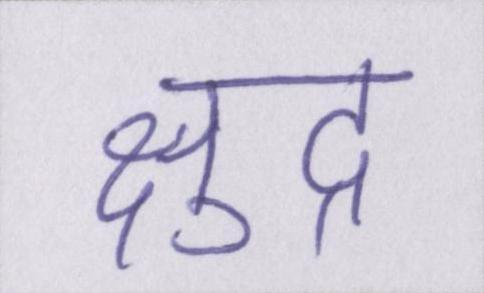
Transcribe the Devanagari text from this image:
क्षुद्र